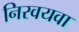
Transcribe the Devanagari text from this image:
निरवयवा